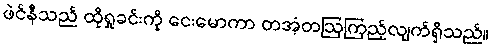
ဖဲင်နီသည် ထိုရှုခင်းကို ငေးမောကာ တအံ့တဩကြည့်လျက်ရှိသည်။